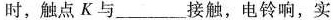
时，触点K与___接触，电铃响，实